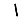
Digit: 1